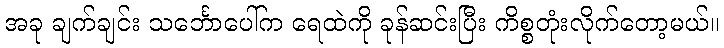
အခု ချက်ချင်း သင်္ဘောပေါ်က ရေထဲကို ခုန်ဆင်းပြီး ကိစ္စတုံးလိုက်တော့မယ်။